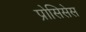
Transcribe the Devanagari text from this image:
प्रोसिसेस